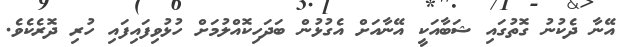
އޭނާ ދެކުނު ގޮތުގައި ޝަބާއަކީ އޭނާއަށް އެގުޅުން ބަދަހިކޮއްލުމަށް ހުޅުވިފައިފައި ހުރި ދޮރެކެވެ.